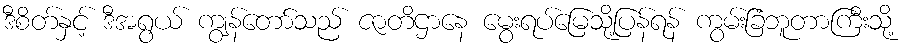
ဒီစိတ်နှင့် ဒီအရွယ် ကျွန်တော်သည် ဇာတိဌာနေ မွေးရပ်မြေသို့ပြန်ရန် ကွမ်းခြံဘူတာကြီးသို့